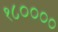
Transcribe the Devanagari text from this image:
१८००००